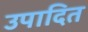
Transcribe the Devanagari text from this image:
उपादित